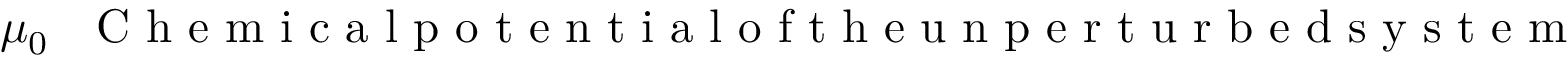
\mu _ { 0 } ~ ~ \mathrm { ~ C ~ h ~ e ~ m ~ i ~ c ~ a ~ l ~ p ~ o ~ t ~ e ~ n ~ t ~ i ~ a ~ l ~ o ~ f ~ t ~ h ~ e ~ u ~ n ~ p ~ e ~ r ~ t ~ u ~ r ~ b ~ e ~ d ~ s ~ y ~ s ~ t ~ e ~ m ~ }